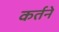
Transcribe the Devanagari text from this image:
कर्तने